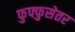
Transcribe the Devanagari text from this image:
फुफ्फुसेतर